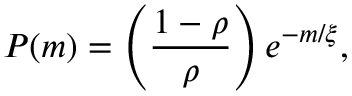
P ( m ) = \left( \frac { 1 - \rho } { \rho } \right) e ^ { - m / \xi } ,